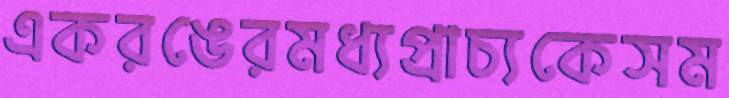
একরঙেরমধ্যপ্রাচ্যকেসম